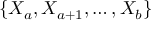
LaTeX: \{ X _ { a } , X _ { a + 1 } , \ldots , X _ { b } \}